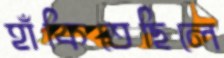
হাঁকিতেছিলে